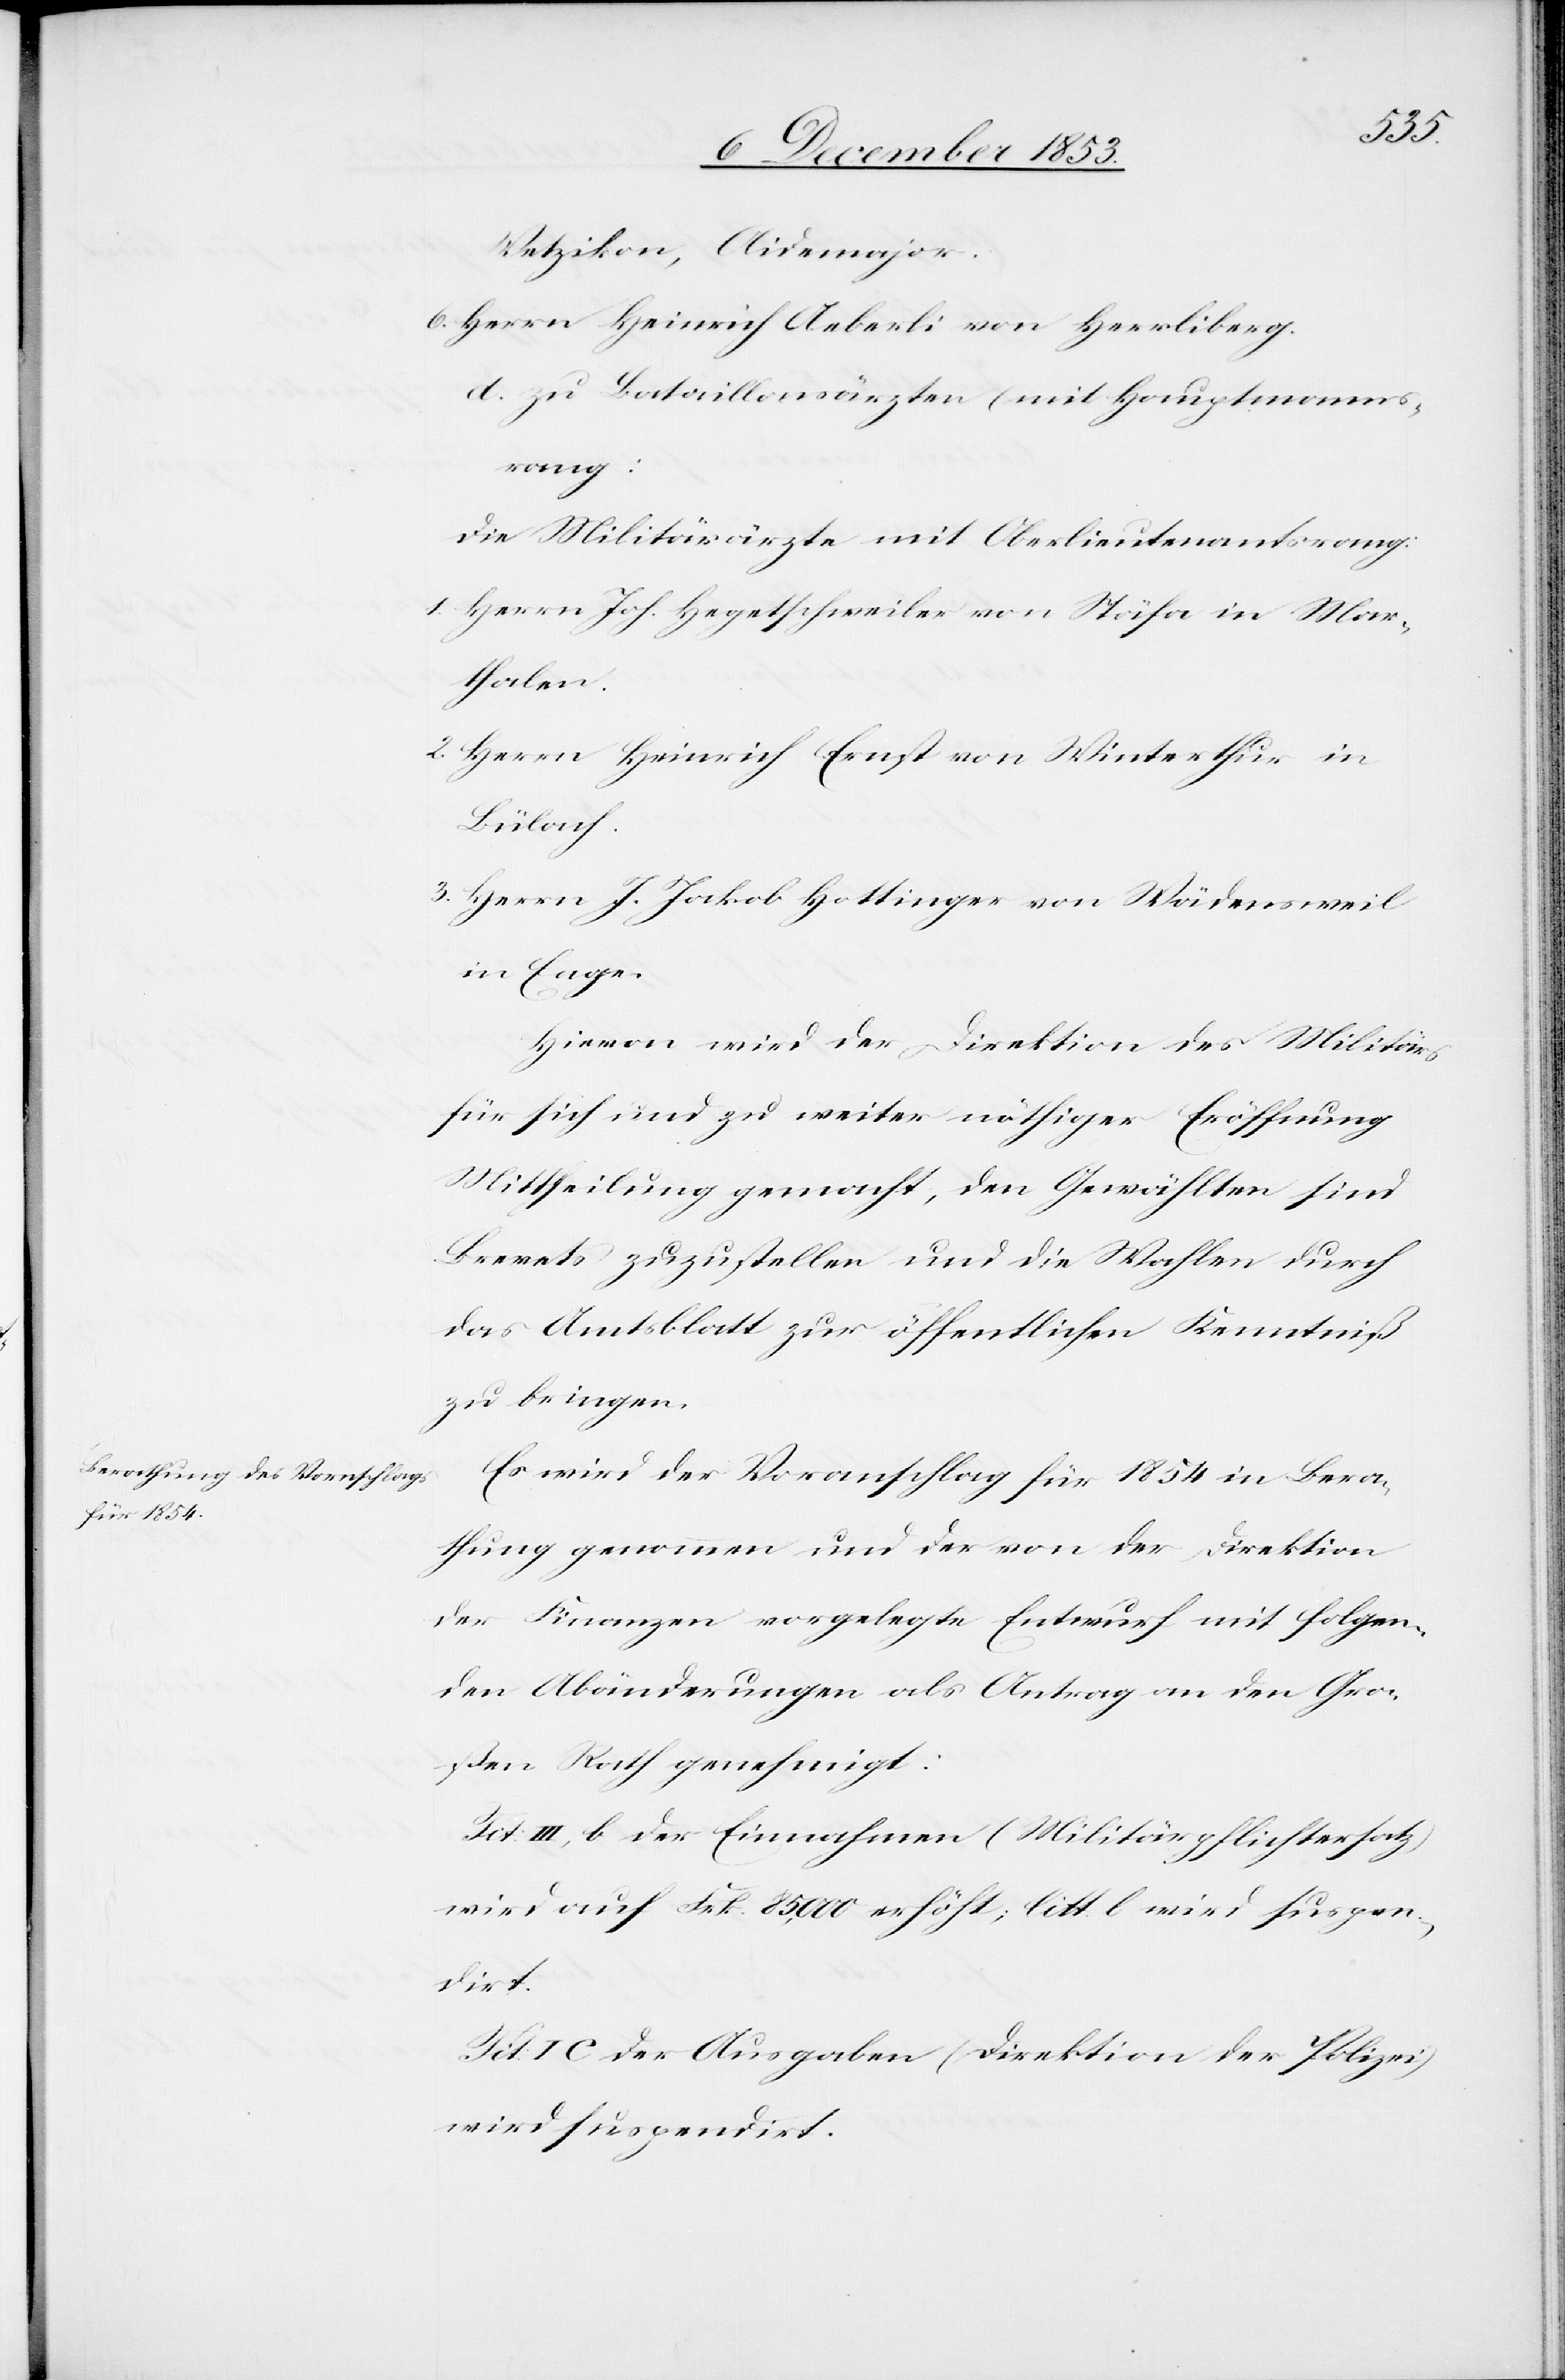
Wetzikon, Aidemajor.
6. Herrn Heinrich Aeberli von Herrliberg.
d. zu Bataillonsärzten (mit Hauptmanns¬
rang):
1. Herrn Joh. Hegetschweiler von Stäfa in Mar¬
thalen.
2. Herrn Heinrich Ernst von Winterthur in
Bülach.
3. Herrn J. Jakob Hottinger von Wädensweil
in Enge.
Hievon wird der Direktion des Militärs
für sich und zu weiter nötiger Eröffnung
Mittheilung gemacht, den Gewählten sind
Brevets zuzustellen und die Wahlen durch
das Amtsblatt zur öffentlichen Kenntniß
zu bringen.
Es wird der Voranschlag für 1854 in Bera¬
thung genommen und der von der Direktion
der Finanzen vorgelegte Entwurf mit folgen¬
den Abänderungen als Antrag an den Gro¬
ßen Rath genehmigt:
Tit. III, b der Einnahmen (Militärpflichtersatz)
wird auf Frk. 85,000 erhöht, litt. l wird suspen¬
dirt.
Tit. I C der Ausgaben (Direktion der Polizei)
wird suspendirt.